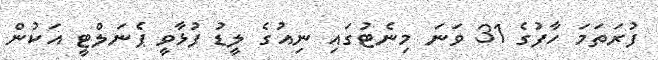
ފުރަތަމަ ހާފުގެ 31 ވަނަ މިނެޓުގައި ނިއުގެ ލީޑު ފުޅާވީ ޕެނަލްޓީ އަކުން